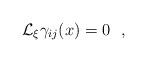
LaTeX: \begin{align*}{\cal L}_{\xi}\gamma_{ij}(x)=0~~,\end{align*}